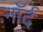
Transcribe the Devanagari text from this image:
नॉर्द